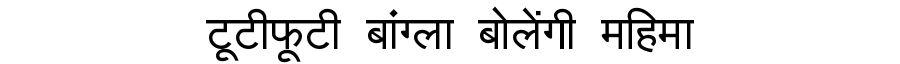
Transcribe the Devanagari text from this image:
टूटीफूटी बांग्ला बोलेंगी महिमा